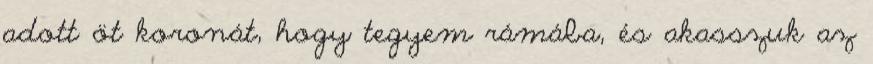
adott öt koronát, hogy tegyem rámába, és akasszuk az